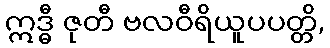
ဣဒ္ဓီ ဇုတီ ဗလဝီရိယူပပတ္တိ,